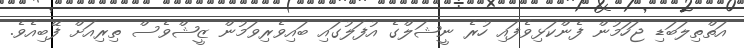
އަތްތިލަބަޑި ޖަހަމުން ފެންކަޅިވެފައި ހުރެ ނީޝަލްގެ އުފަލުގައި ބައިވެރިވަމުން ޒީޝްވެސް ތިރިއަށް ފޭބިއެވެ.